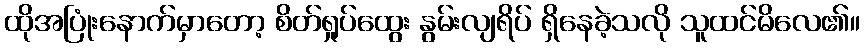
ထိုအပြုံးနောက်မှာတော့ စိတ်ရှုပ်ထွေး နွမ်းလျရိပ် ရှိနေခဲ့သလို သူထင်မိလေ၏။